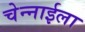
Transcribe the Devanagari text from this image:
चेन्नाईला